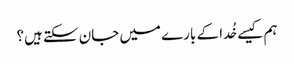
ہم کیسے خُدا کے بارے میں جان سکتے ہیں؟